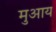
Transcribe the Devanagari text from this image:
मुआय